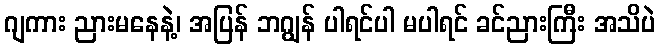
ဂျကား ညားမနေနဲ့၊ အပြန် ဘဂျွန် ပါရင်ပါ မပါရင် ခင်ညားကြီး အသိပဲ